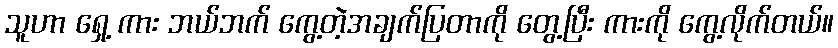
သူဟာ ရှေ့ ကား ဘယ်ဘက် ကွေ့တဲ့အချက်ပြတာကို တွေ့ပြီး ကားကို ကွေ့လိုက်တယ်။